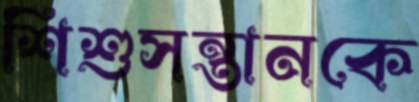
শিশুসন্তানকে